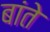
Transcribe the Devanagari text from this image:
बांते